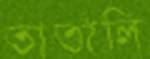
তাতালি